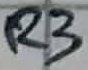
Text: R3